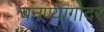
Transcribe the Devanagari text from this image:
बनण्यागोदर